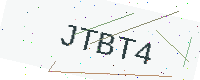
Text: JTBT4